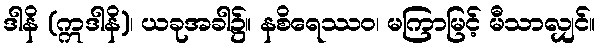
ဒါနိ (ဣဒါနိ)၊ ယခုအခါ၌။ နစိရေဿဝ၊ မကြာမြင့် မီသာလျှင်။